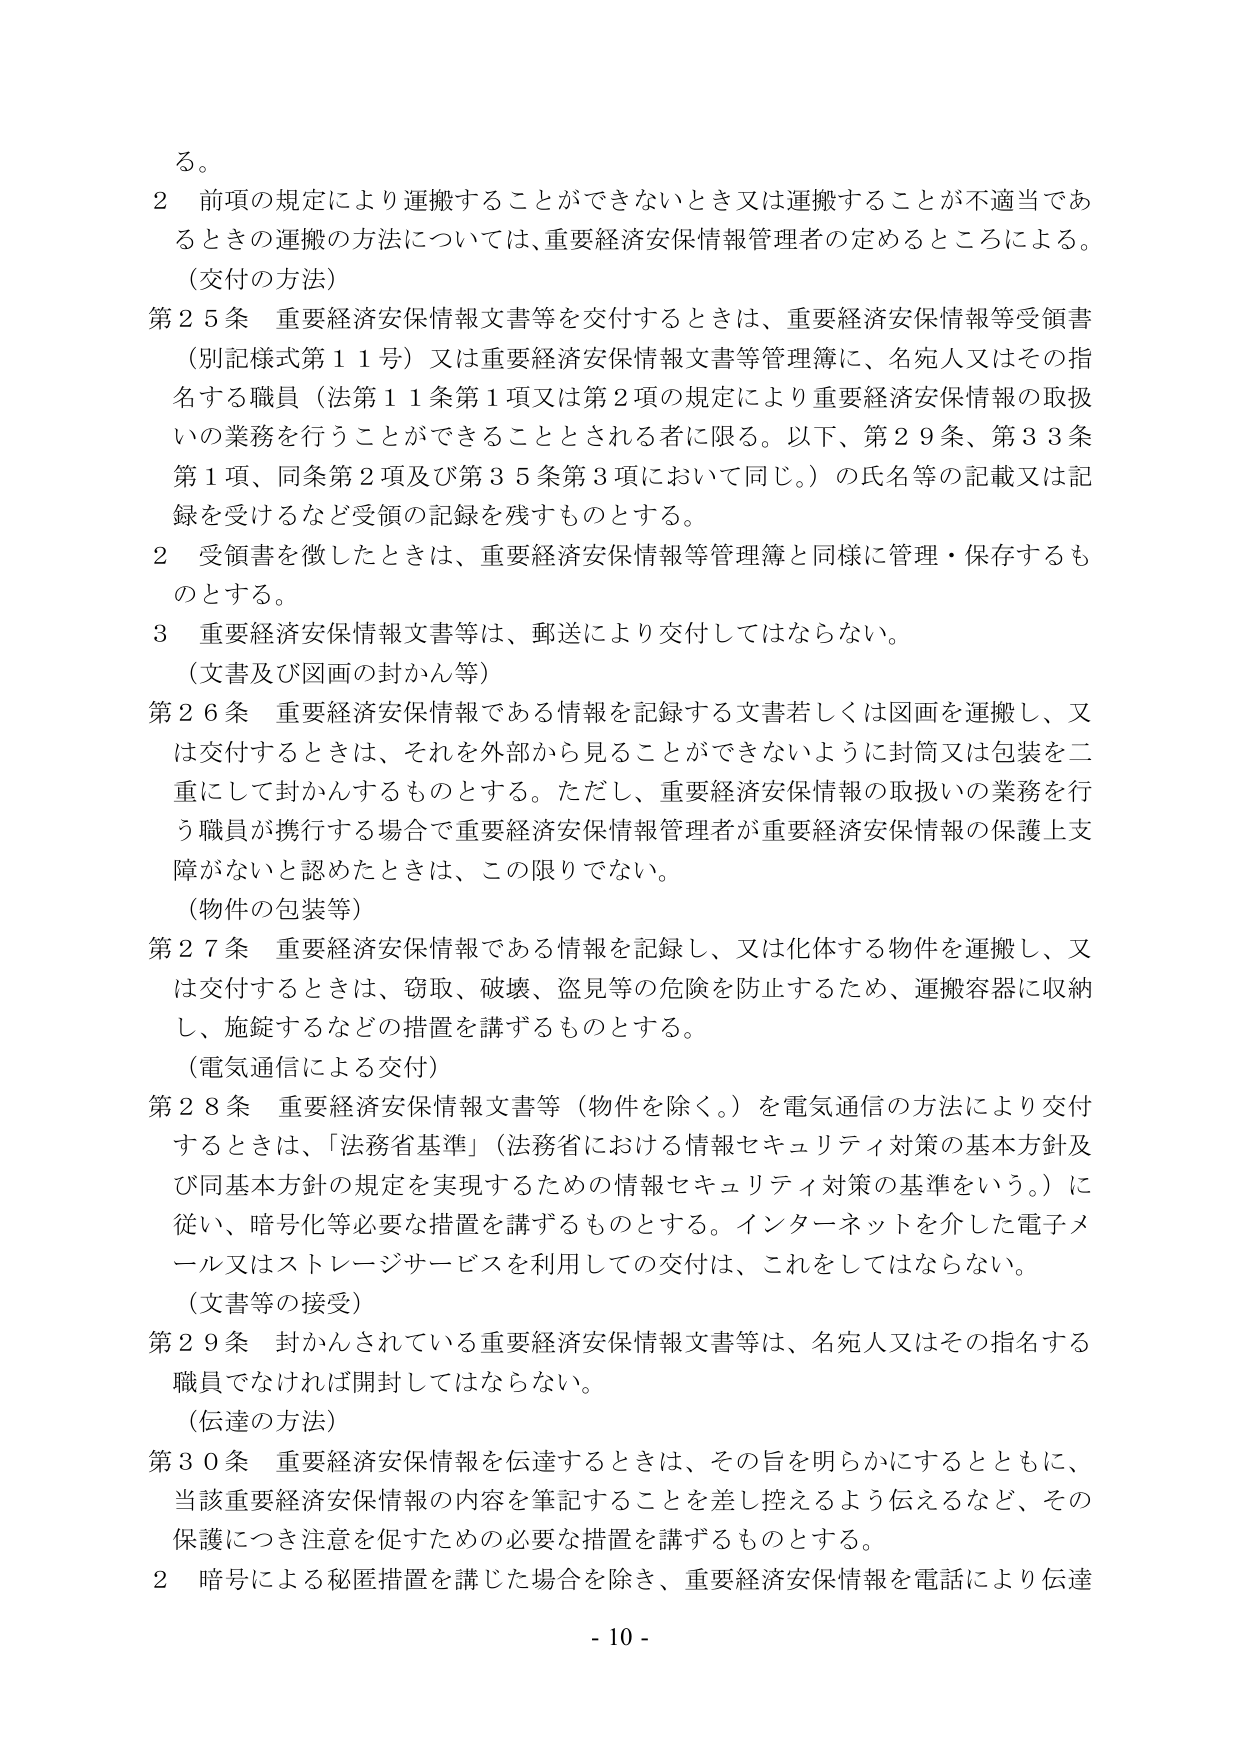
る。

２ 前項の規定により運搬することができないとき又は運搬することが不適当であるときの運搬の方法については、重要経済安保情報管理者の定めるところによる。

（交付の方法）

第25条 重要経済安保情報文書等を交付するときは、重要経済安保情報等受領書（別記様式第11号）又は重要経済安保情報文書等管理簿に、名宛人又はその指名する職員（法第11条第1項又は第2項の規定により重要経済安保情報の取扱いの業務を行うことができるものとされる者に限る。以下、第29条、第33条第1項、同条第2項及び第35条第3項において同じ。）の氏名等の記載又は記録を受けるなど受領の記録を残すものとする。

２ 受領書を徴したときは、重要経済安保情報等管理簿と同様に管理・保存するものとする。

３ 重要経済安保情報文書等は、郵送により交付してはならない。

（文書及び図画の封かん等）

第26条 重要経済安保情報である情報を記録する文書若しくは図画を運搬し、又は交付するときは、それを外部から見ることができないように封筒又は包装を二重にして封かんするものとする。ただし、重要経済安保情報の取扱いの業務を行う職員が携行する場合で重要経済安保情報管理者が重要経済安保情報の保護上支障がないと認めたときは、この限りでない。

（物件の包装等）

第27条 重要経済安保情報である情報を記録し、又は化体する物件を運搬し、又は交付するときは、窃取、破壊、盗見等の危険を防止するため、運搬容器に収納し、施錠するなどの措置を講ずるものとする。

（電気通信による交付）

第28条 重要経済安保情報文書等（物件を除く。）を電気通信の方法により交付するときは、「法務省基準」（法務省における情報セキュリティ対策の基本方針及び同基本方針の規定を実現するための情報セキュリティ対策の基準をいう。）に従い、暗号化等必要な措置を講ずるものとする。インターネットを介した電子メール又はストレージサービスを利用しての交付は、これをしてはならない。

（文書等の接受）

第29条 封かんされている重要経済安保情報文書等は、名宛人又はその指名する職員でなければ開封してはならない。

（伝達の方法）

第30条 重要経済安保情報を伝達するときは、その旨を明らかにするとともに、当該重要経済安保情報の内容を筆記することを差し控えるよう伝えるなど、その保護につき注意を促すための必要な措置を講ずるものとする。

２ 暗号による秘匿措置を講じた場合を除き、重要経済安保情報を電話により伝達

- 10 -